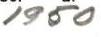
1950